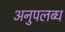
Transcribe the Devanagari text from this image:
अनुपलब्‍ध